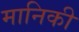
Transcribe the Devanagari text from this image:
मानिकी